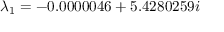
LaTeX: \lambda _ { 1 } = - 0 . 0 0 0 0 0 4 6 + 5 . 4 2 8 0 2 5 9 i